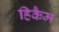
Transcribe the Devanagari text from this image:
हिकैम